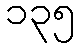
၁၃၅